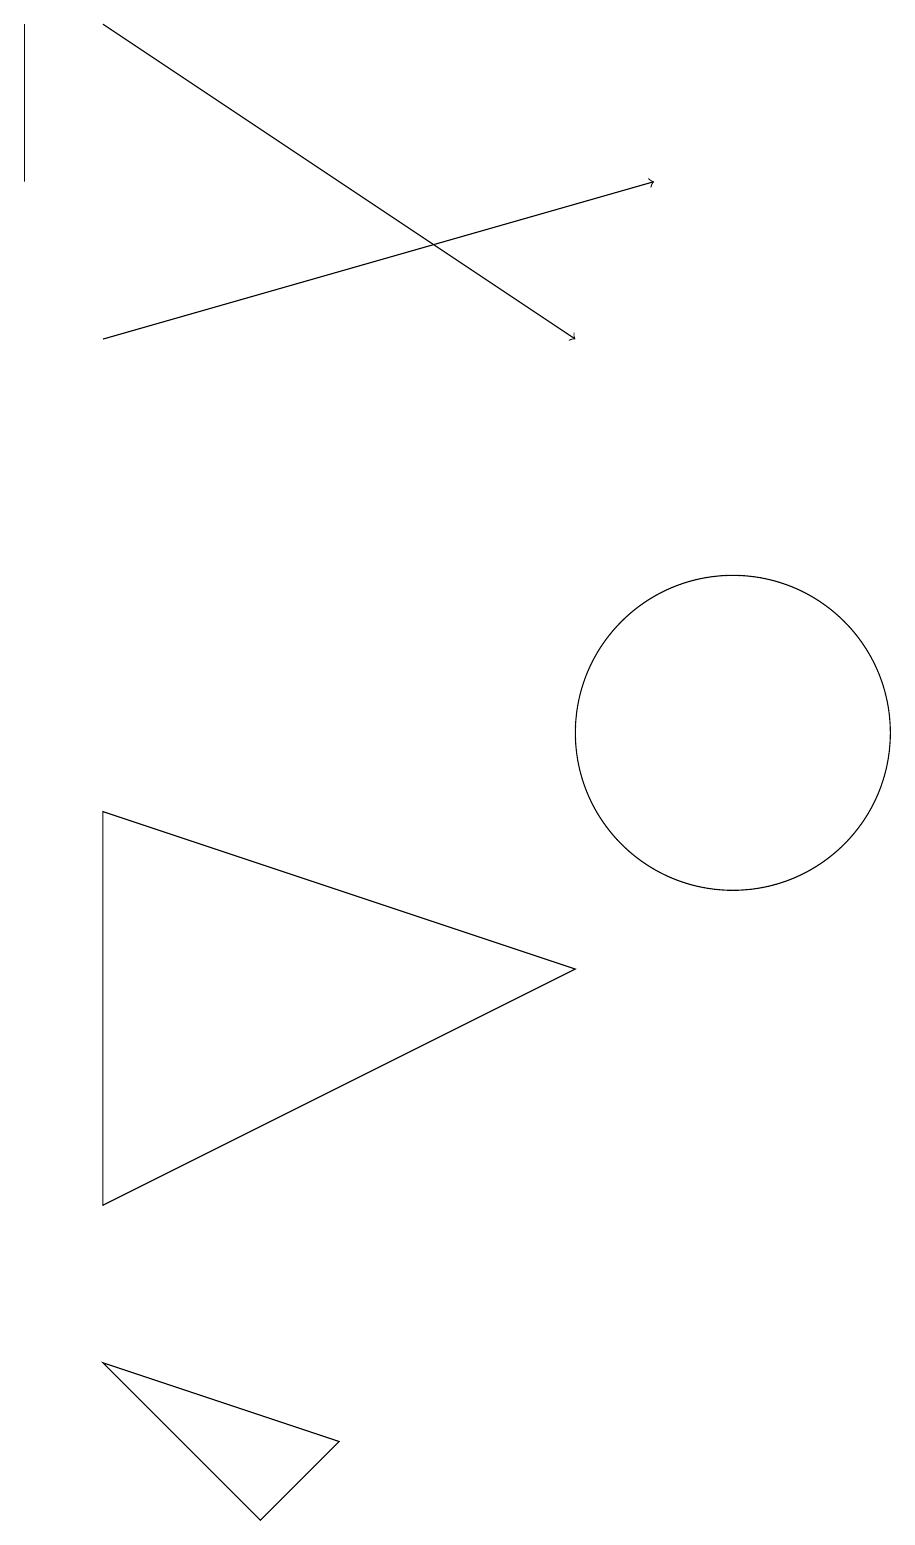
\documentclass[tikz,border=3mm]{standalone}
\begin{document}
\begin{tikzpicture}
\draw (1,17) rectangle (1,19);
\draw (10,12) circle (0);
\draw (10,10) circle (2);
\draw[->] (2,19) -- (8,15);
\draw (5,1) -- (4,0) -- (2,2) -- cycle;
\draw (2,4) -- (2,9) -- (8,7) -- cycle;
\draw[->] (2,15) -- (9,17);
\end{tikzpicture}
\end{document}